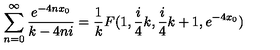
\sum _ { n = 0 } ^ { \infty } \frac { e ^ { - 4 n x _ { 0 } } } { k - 4 n i } = \frac { 1 } { k } F ( 1 , \frac { i } { 4 } k , \frac { i } { 4 } k + 1 , e ^ { - 4 x _ { 0 } } )